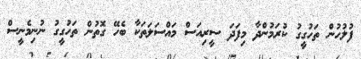
ފުލުހުން ތަހުގީގު ކުރަމުންދާ މިފަދަ ސީރިއަސް މައްސަލަތަކާ ބެހޭ ގޮތުން ތަހުގީގު ނުނިމެނީސް